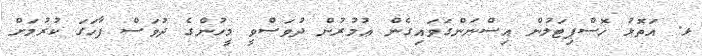
ޅ. އަތޮޅު ހޮސްޕިޓަލުން އިސްނަންގަވައިގެން ޢުމުރުން ދުވަސްވީ މީހުންގެ ދުވަސް ފާހަގަ ކުރުމަށް